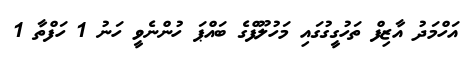
އަހްމަދު އާޒިފް ތަހުގީގުގައި މަހުލޫފްގެ ބައްޕަ ހުންނެވީ ހަނު 1 ހަފްތާ 1